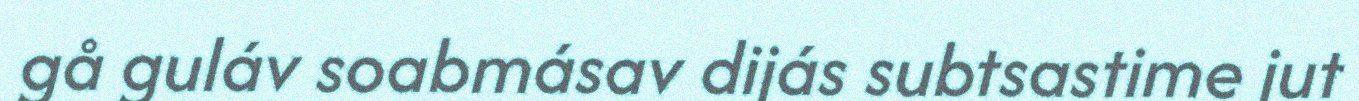
gå guláv soabmásav dijás subtsastime jut